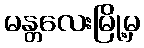
မန္တလေးမြို့မှ